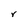
Character: r